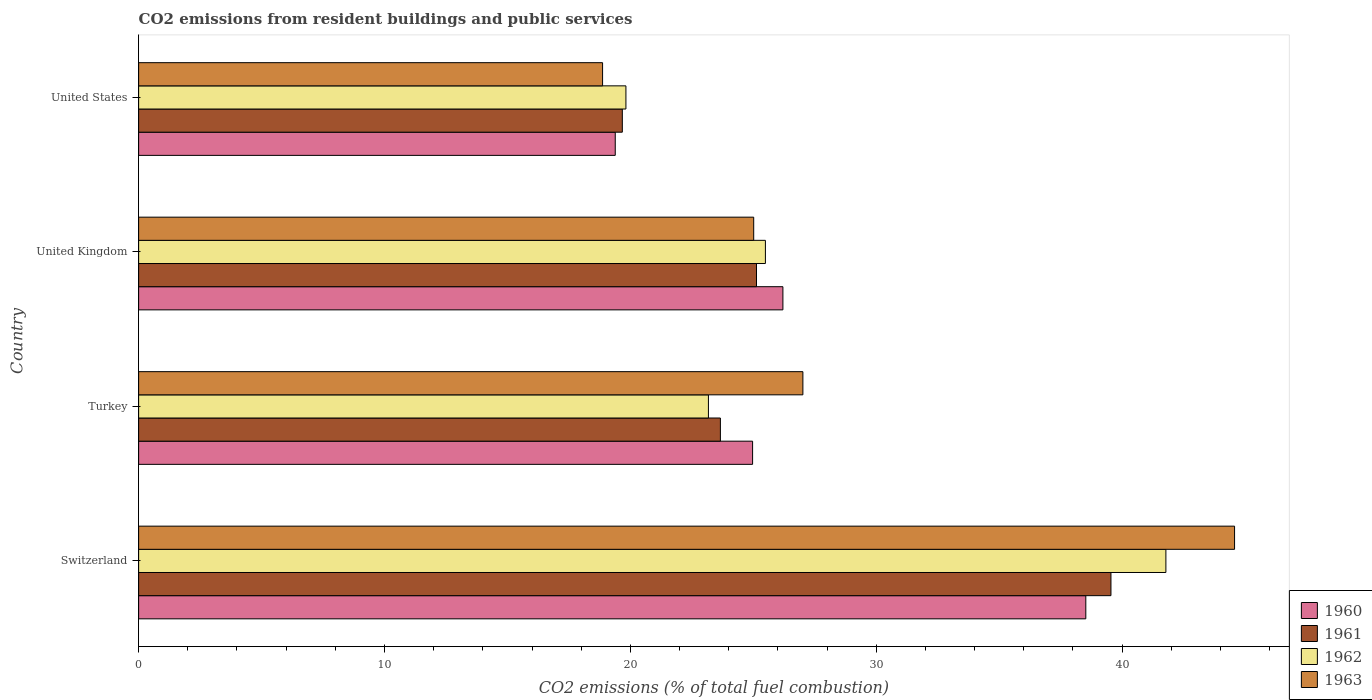
| Country | 1960 | 1961 | 1962 | 1963 |
 | --- | --- | --- | --- | --- |
 | Switzerland | 38.5 | 39.5 | 41.8 | 44.6 |
 | Turkey | 25 | 23.7 | 23.2 | 27 |
 | United Kingdom | 26.2 | 25.1 | 25.5 | 25 |
 | United States | 19.4 | 19.7 | 19.8 | 18.9 |